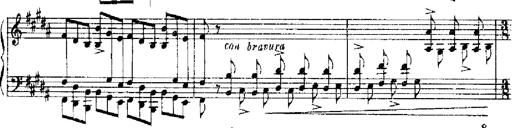
Title: RÃ©miniscences de Robert le diable
Composer: Franz Liszt